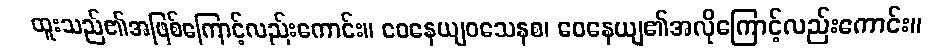
ထူးသည်၏အဖြစ်ကြောင့်လည်းကောင်း။ ဝေနေယျဝသေနစ၊ ဝေနေယျ၏အလိုကြောင့်လည်းကောင်း။